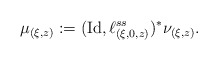
\begin{align*}\mu _{(\xi, z )} := ( \mathrm{Id} , \ell _{(\xi, 0, z)} ^{ss} ) ^\ast \nu _{(\xi , z)} .\end{align*}